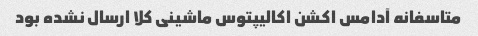
متاسفانه آدامس اکشن اکالیپتوس ماشینی کلا ارسال نشده بود